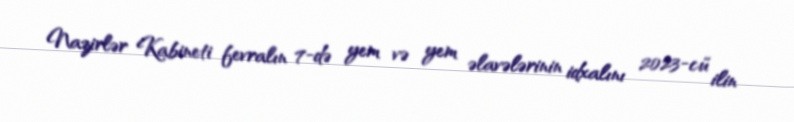
Nazirlər Kabineti fevralın 7-də yem və yem əlavələrinin idxalını 2023-cü ilin